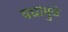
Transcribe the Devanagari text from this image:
वधामुळे